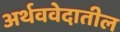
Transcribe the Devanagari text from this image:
अर्थववेदातील